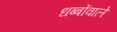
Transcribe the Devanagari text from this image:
धब्बोंवाले